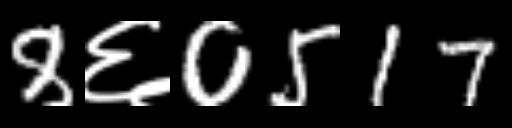
Text: 8६0517